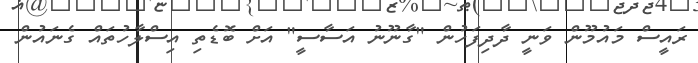
ރައީސް މައުމޫން ވަނީ ދާދިފަހުން "ގާނޫނު އަސާސީ" އަށް ބޮޑެތި އިސްލާހުތައް ގެނައުން